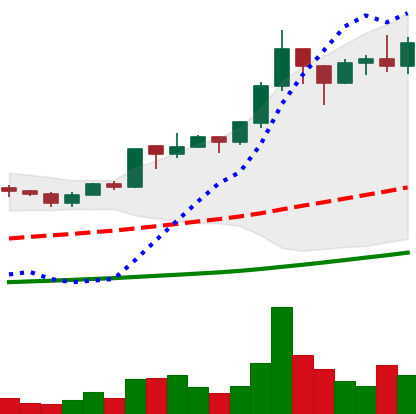
Ticker: ADA-USD
Chart end date: 2020-07-14
Forward return: -6.253%
Label: down_5_7